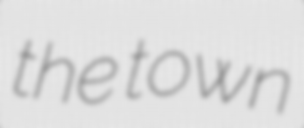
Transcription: the town